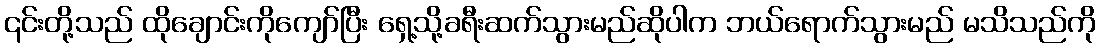
၎င်းတို့သည် ထိုချောင်းကိုကျော်ပြီး ရှေ့သို့ခရီးဆက်သွားမည်ဆိုပါက ဘယ်ရောက်သွားမည် မသိသည်ကို